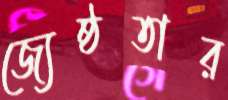
জ্যেষ্ঠতার